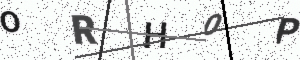
Text: ORH0P